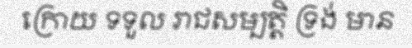
ក្រោយ ទទួល រាជសម្បត្តិ ទ្រង់ មាន